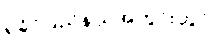
ရခိုင်ပြည်နယ်အတွင်းတွင်